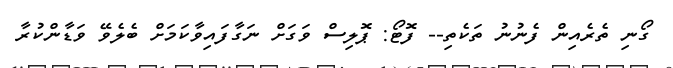
ގޯނި ތެރެއިން ފެނުނު ތަކެތި-- ފޮޓޯ: ޕޮލިސް ވަގަށް ނަގާފައިވާކަމަށް ބެލެވޭ ވަޑާންކުރާ